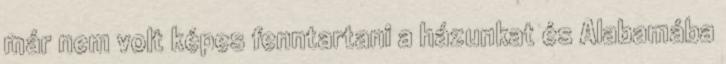
már nem volt képes fenntartani a házunkat és Alabamába